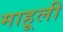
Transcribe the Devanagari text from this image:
माहूली